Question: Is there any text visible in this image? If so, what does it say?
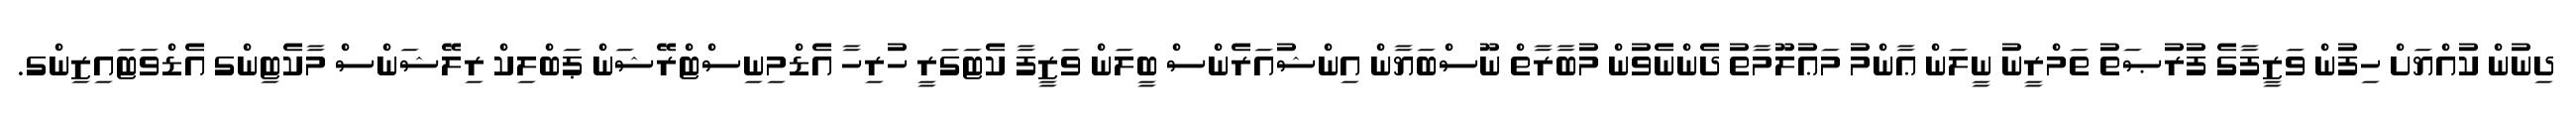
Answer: ދިނުން ކުއްޔަށް ހިފުން ވަޒީފާގެ ފުރުޞަތު ތަމްރީނު ނީލަން ޢާންމު މަޢުލޫމާތު ދެންނެވުން މުބާރާތް ނޫސްބަޔާން އިންޝުއަރެންސް ބީލަން ވަޒީފާ ކެޓަގަރީ ހުރިހާ އެޑްމިނިސްޓްރޭޝަން ޕަބްލިކް ރިލޭޝަންސް މާކެޓިންގ އެޑްވަޓައިޒިންގ.